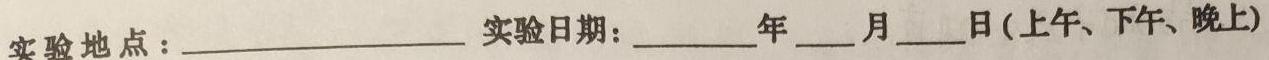
实验地点：________________ 实验日期：________年____月____日(上午、下午、晚上)